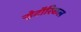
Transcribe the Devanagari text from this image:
ऱ्हेटॉरिकल